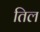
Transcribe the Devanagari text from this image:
तिल